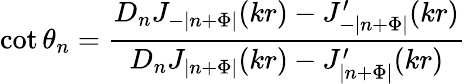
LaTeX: \cot\theta_{n}=\frac{D_{n}J_{-|n+\Phi|}(kr)-J_{-|n+\Phi|}^{\prime}(kr)}{D_{n}J_{|n+\Phi|}(kr)-J_{|n+\Phi|}^{\prime}(kr)}